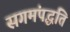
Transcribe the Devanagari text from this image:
सगमंपद्धति